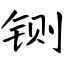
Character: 铡